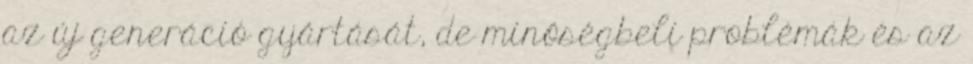
az új generáció gyártását, de minőségbeli problémák és az